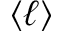
\langle \ell \rangle